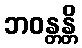
ဘဝန္တန္တိ